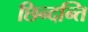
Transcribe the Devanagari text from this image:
छिन्दन्ति